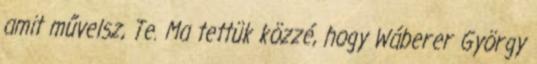
amit művelsz, Te. Ma tettük közzé, hogy Wáberer György